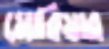
মোরিয়ার